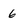
Character: 6